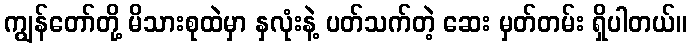
ကျွန်တော်တို့ မိသားစုထဲမှာ နှလုံးနဲ့ ပတ်သက်တဲ့ ဆေး မှတ်တမ်း ရှိပါတယ်။